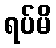
ရပ်မိ